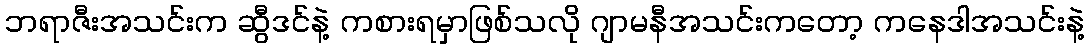
ဘရာဇီးအသင်းက ဆွီဒင်နဲ့ ကစားရမှာဖြစ်သလို ဂျာမနီအသင်းကတော့ ကနေဒါအသင်းနဲ့